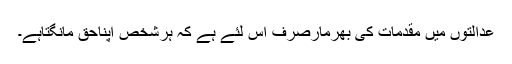
عدالتوں میں مقدمات کی بھرمارصرف اس لئے ہے کہ ہرشخص اپناحق مانگتاہے۔